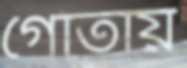
গোঁতায়